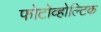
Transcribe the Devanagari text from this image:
फोटोव्होल्टिक